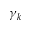
\gamma _ { k }